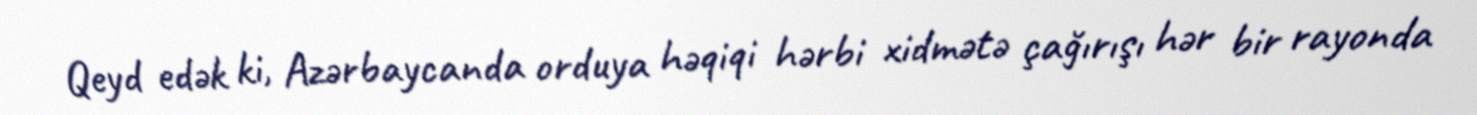
Qeyd edək ki, Azərbaycanda orduya həqiqi hərbi xidmətə çağırışı hər bir rayonda